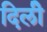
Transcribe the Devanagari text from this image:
दिलीे